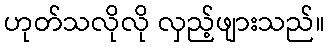
ဟုတ်သလိုလို လှည့်ဖျားသည်။